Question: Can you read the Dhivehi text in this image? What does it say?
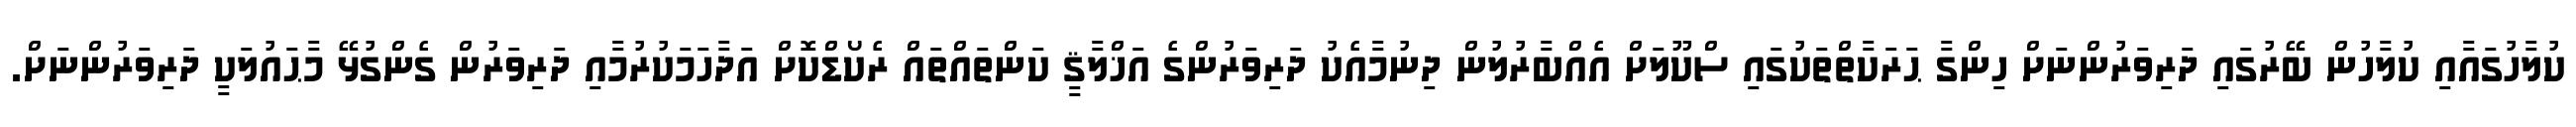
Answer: ކުލާހުގައާއި ކުލާހުން ބޭރުގައި ދަރިވަރުންނަށް ހިންގާ ޙަރަކާތްތަކުގައި ސްކޫލަށް އެއްބާރުލުން ދިނުމާއެކު ދަރިވަރުންގެ އަޚްލާޤީ ކަންތައްތައް ރެކޯޑްކޮށް އަދާހަމަކުރުމާއި ދަރިވަރުން ގެންގުޅޭ މާޙައުލަކީ ދަރިވަރުންނަށް.